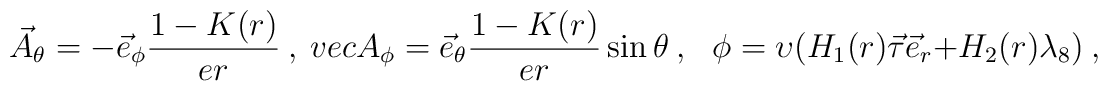
\vec A_\theta =  -\vec e_\phi \frac{1- K(r)}{e  r} \ , \ \ \\vec A_\phi =   \vec e_\theta \frac{1- K(r)}{e r} \sin \theta\ , \ \ \   \phi =  \upsilon(H_1(r) \vec \tau \vec e_r + H_2(r) \lambda_8) \ ,